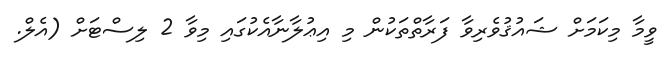
ވީމާ މިކަމަށް ޝައުޤުވެރިވާ ފަރާތްތަކުން މި އިޢުލާނާއެކުގައި މިވާ 2 ލިސްޓަށް (އެލް.